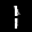
Label: 1